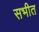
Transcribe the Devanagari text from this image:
सभीत